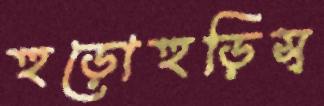
হুড়োহুড়িস্